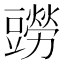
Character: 𧰎